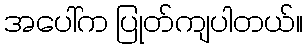
အပေါ်က ပြုတ်ကျပါတယ်။